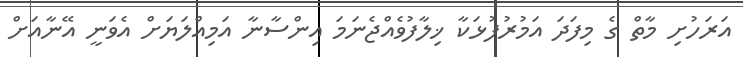
އަރަހުށި މާތް ގެ މިފަދަ އަމުރުފުޅަކާ ޚިލާފުވެއްޖެނަމަ އިންސާނާ އަމިއްލަޔަށް އެވަނީ އޭނާއަށް